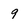
Character: 9